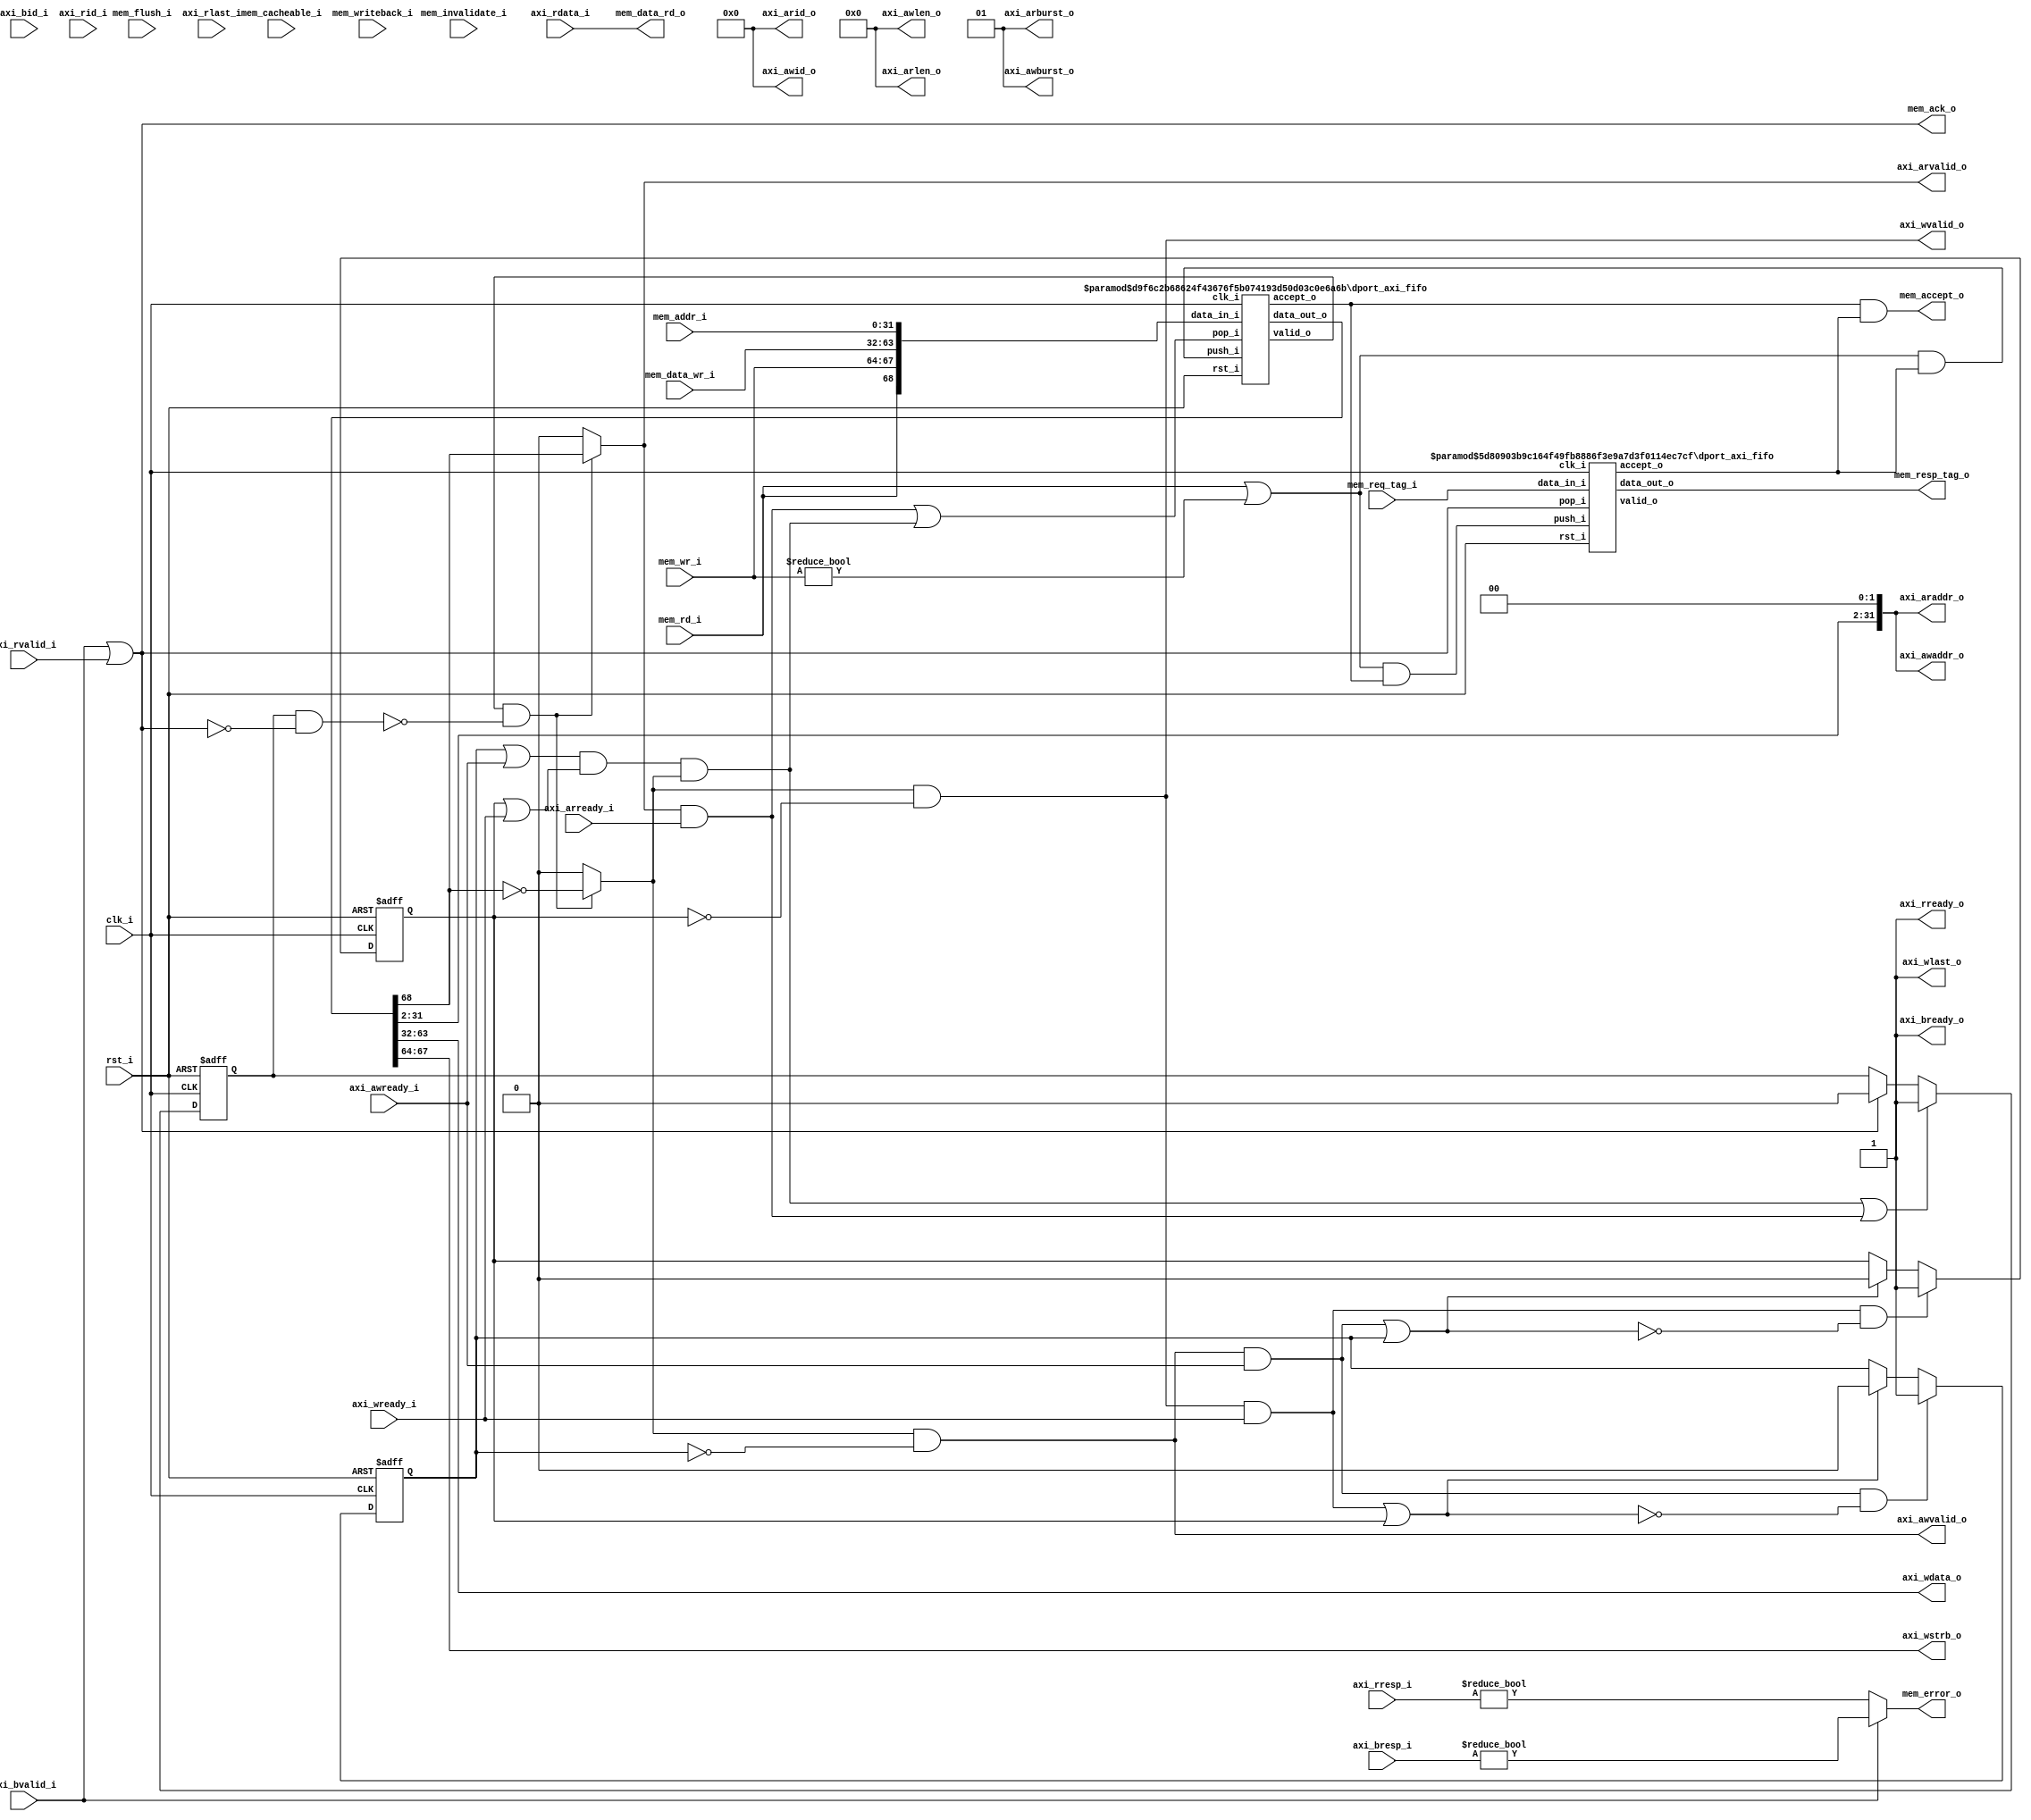
//-----------------------------------------------------------------
//                       XC6 Bus Pirate
//                           V0.2
//                     Ultra-Embedded.com
//                     Copyright 2013-2020
//
//
//                         License: GPL
// If you would like a version with a more permissive license for
// use in closed source commercial applications please contact me
// for details.
//-----------------------------------------------------------------
//
// This file is open source HDL; you can redistribute it and/or 
// modify it under the terms of the GNU General Public License as 
// published by the Free Software Foundation; either version 2 of 
// the License, or (at your option) any later version.
//
// This file is distributed in the hope that it will be useful,
// but WITHOUT ANY WARRANTY; without even the implied warranty of
// MERCHANTABILITY or FITNESS FOR A PARTICULAR PURPOSE.  See the
// GNU General Public License for more details.
//
// You should have received a copy of the GNU General Public 
// License along with this file; if not, write to the Free Software
// Foundation, Inc., 59 Temple Place, Suite 330, Boston, MA 02111-1307
// USA
//-----------------------------------------------------------------
module dport_axi
(
    // Inputs
     input           clk_i
    ,input           rst_i
    ,input  [ 31:0]  mem_addr_i
    ,input  [ 31:0]  mem_data_wr_i
    ,input           mem_rd_i
    ,input  [  3:0]  mem_wr_i
    ,input           mem_cacheable_i
    ,input  [ 10:0]  mem_req_tag_i
    ,input           mem_invalidate_i
    ,input           mem_writeback_i
    ,input           mem_flush_i
    ,input           axi_awready_i
    ,input           axi_wready_i
    ,input           axi_bvalid_i
    ,input  [  1:0]  axi_bresp_i
    ,input  [  3:0]  axi_bid_i
    ,input           axi_arready_i
    ,input           axi_rvalid_i
    ,input  [ 31:0]  axi_rdata_i
    ,input  [  1:0]  axi_rresp_i
    ,input  [  3:0]  axi_rid_i
    ,input           axi_rlast_i

    // Outputs
    ,output [ 31:0]  mem_data_rd_o
    ,output          mem_accept_o
    ,output          mem_ack_o
    ,output          mem_error_o
    ,output [ 10:0]  mem_resp_tag_o
    ,output          axi_awvalid_o
    ,output [ 31:0]  axi_awaddr_o
    ,output [  3:0]  axi_awid_o
    ,output [  7:0]  axi_awlen_o
    ,output [  1:0]  axi_awburst_o
    ,output          axi_wvalid_o
    ,output [ 31:0]  axi_wdata_o
    ,output [  3:0]  axi_wstrb_o
    ,output          axi_wlast_o
    ,output          axi_bready_o
    ,output          axi_arvalid_o
    ,output [ 31:0]  axi_araddr_o
    ,output [  3:0]  axi_arid_o
    ,output [  7:0]  axi_arlen_o
    ,output [  1:0]  axi_arburst_o
    ,output          axi_rready_o
);





//-------------------------------------------------------------
// Description:
// Bridges between dcache_if -> AXI4/AXI4-Lite.
// Allows 1 outstanding transaction, but can buffer upto 
// REQUEST_BUFFER dache_if requests before back-pressuring.
//-------------------------------------------------------------

//-------------------------------------------------------------
// Request FIFO
//-------------------------------------------------------------
// Accepts from both FIFOs
wire          res_accept_w;
wire          req_accept_w;

// Output accept
wire          write_complete_w;
wire          read_complete_w;

reg           request_pending_q;

wire          req_pop_w   = read_complete_w | write_complete_w;
wire          req_valid_w;
wire [69-1:0] req_w;

// Push on transaction and other FIFO not full
wire          req_push_w   = (mem_rd_i || mem_wr_i != 4'b0) && res_accept_w;

dport_axi_fifo
#( 
    .WIDTH(32+32+4+1),
    .DEPTH(2),
    .ADDR_W(1)
)
u_req
(
    .clk_i(clk_i),
    .rst_i(rst_i),

    // Input side
    .data_in_i({mem_rd_i, mem_wr_i, mem_data_wr_i, mem_addr_i}),
    .push_i(req_push_w),
    .accept_o(req_accept_w),

    // Outputs
    .valid_o(req_valid_w),
    .data_out_o(req_w),
    .pop_i(req_pop_w)
);

assign mem_accept_o = req_accept_w & res_accept_w;

//-------------------------------------------------------------
// Response Tracking FIFO
//-------------------------------------------------------------
// Push on transaction and other FIFO not full
wire res_push_w = (mem_rd_i || mem_wr_i != 4'b0) && req_accept_w;

dport_axi_fifo
#( 
    .WIDTH(11),
    .DEPTH(2),
    .ADDR_W(1)
)
u_resp
(
    .clk_i(clk_i),
    .rst_i(rst_i),

    // Input side
    .data_in_i(mem_req_tag_i),
    .push_i(res_push_w),
    .accept_o(res_accept_w),

    // Outputs
    .valid_o(), // UNUSED
    .data_out_o(mem_resp_tag_o),
    .pop_i(mem_ack_o)
);

assign mem_ack_o   = axi_bvalid_i || axi_rvalid_i;
assign mem_error_o = axi_bvalid_i ? (axi_bresp_i != 2'b0) : (axi_rresp_i != 2'b0);

wire request_in_progress_w = request_pending_q & !mem_ack_o;

//-------------------------------------------------------------
// Write Request
//-------------------------------------------------------------
wire req_is_read_w  = ((req_valid_w & !request_in_progress_w) ? req_w[68] : 1'b0);
wire req_is_write_w = ((req_valid_w & !request_in_progress_w) ? ~req_w[68] : 1'b0);

reg awvalid_inhibit_q;
reg wvalid_inhibit_q;

wire wr_cmd_accepted_w  = (axi_awvalid_o && axi_awready_i) || awvalid_inhibit_q;
wire wr_data_accepted_w = (axi_wvalid_o  && axi_wready_i)  || wvalid_inhibit_q;

always @ (posedge clk_i or posedge rst_i)
if (rst_i)
    awvalid_inhibit_q <= 1'b0;
else if (axi_awvalid_o && axi_awready_i && !wr_data_accepted_w)
    awvalid_inhibit_q <= 1'b1;
else if (wr_data_accepted_w)
    awvalid_inhibit_q <= 1'b0;

always @ (posedge clk_i or posedge rst_i)
if (rst_i)
    wvalid_inhibit_q <= 1'b0;
else if (axi_wvalid_o && axi_wready_i && !wr_cmd_accepted_w)
    wvalid_inhibit_q <= 1'b1;
else if (wr_cmd_accepted_w)
    wvalid_inhibit_q <= 1'b0;

assign axi_awvalid_o = req_is_write_w && !awvalid_inhibit_q;
assign axi_awaddr_o  = {req_w[31:2], 2'b0};
assign axi_wvalid_o  = req_is_write_w && !wvalid_inhibit_q;
assign axi_wdata_o   = req_w[63:32];
assign axi_wstrb_o   = req_w[67:64];
assign axi_awid_o    = 4'd0;
assign axi_awlen_o   = 8'b0;
assign axi_awburst_o = 2'b01;
assign axi_wlast_o   = 1'b1;

assign axi_bready_o  = 1'b1;

assign write_complete_w = (awvalid_inhibit_q || axi_awready_i) &&
                          (wvalid_inhibit_q || axi_wready_i) && req_is_write_w;

//-------------------------------------------------------------
// Read Request
//-------------------------------------------------------------
assign axi_arvalid_o = req_is_read_w;
assign axi_araddr_o  = {req_w[31:2], 2'b0};
assign axi_arid_o    = 4'd0;
assign axi_arlen_o   = 8'b0;
assign axi_arburst_o = 2'b01;

assign axi_rready_o  = 1'b1;

assign mem_data_rd_o = axi_rdata_i;

assign read_complete_w = axi_arvalid_o && axi_arready_i;

//-------------------------------------------------------------
// Outstanding Request Tracking
//-------------------------------------------------------------
always @ (posedge clk_i or posedge rst_i)
if (rst_i)
    request_pending_q <= 1'b0;
else if (write_complete_w || read_complete_w)
    request_pending_q <= 1'b1;
else if (mem_ack_o)
    request_pending_q <= 1'b0;

endmodule

//-----------------------------------------------------------------
// dport_axi_fifo: FIFO
//-----------------------------------------------------------------
module dport_axi_fifo
//-----------------------------------------------------------------
// Params
//-----------------------------------------------------------------
#(
    parameter WIDTH   = 8,
    parameter DEPTH   = 2,
    parameter ADDR_W  = 1
)
//-----------------------------------------------------------------
// Ports
//-----------------------------------------------------------------
(
    // Inputs
     input               clk_i
    ,input               rst_i
    ,input  [WIDTH-1:0]  data_in_i
    ,input               push_i
    ,input               pop_i

    // Outputs
    ,output [WIDTH-1:0]  data_out_o
    ,output              accept_o
    ,output              valid_o
);

//-----------------------------------------------------------------
// Local Params
//-----------------------------------------------------------------
localparam COUNT_W = ADDR_W + 1;

//-----------------------------------------------------------------
// Registers
//-----------------------------------------------------------------
reg [WIDTH-1:0]   ram_q[DEPTH-1:0];
reg [ADDR_W-1:0]  rd_ptr_q;
reg [ADDR_W-1:0]  wr_ptr_q;
reg [COUNT_W-1:0] count_q;

//-----------------------------------------------------------------
// Sequential
//-----------------------------------------------------------------
always @ (posedge clk_i or posedge rst_i)
if (rst_i)
begin
    count_q   <= {(COUNT_W) {1'b0}};
    rd_ptr_q  <= {(ADDR_W) {1'b0}};
    wr_ptr_q  <= {(ADDR_W) {1'b0}};
end
else
begin
    // Push
    if (push_i & accept_o)
    begin
        ram_q[wr_ptr_q] <= data_in_i;
        wr_ptr_q        <= wr_ptr_q + 1;
    end

    // Pop
    if (pop_i & valid_o)
        rd_ptr_q      <= rd_ptr_q + 1;

    // Count up
    if ((push_i & accept_o) & ~(pop_i & valid_o))
        count_q <= count_q + 1;
    // Count down
    else if (~(push_i & accept_o) & (pop_i & valid_o))
        count_q <= count_q - 1;
end

//-------------------------------------------------------------------
// Combinatorial
//-------------------------------------------------------------------
/* verilator lint_off WIDTH */
assign valid_o       = (count_q != 0);
assign accept_o      = (count_q != DEPTH);
/* verilator lint_on WIDTH */

assign data_out_o    = ram_q[rd_ptr_q];



endmodule